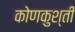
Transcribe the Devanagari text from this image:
कोणकुश्ती